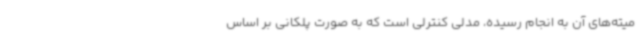
میته‌های آن به انجام رسیده، مدلی کنترلی است که به صورت پلکانی بر اساس